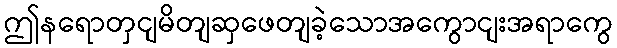
ဤနရောတှငျမိတျဆှဖေတျခဲ့သောအကွောငျးအရာကွေ